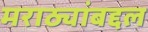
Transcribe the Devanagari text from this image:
मराठ्यांबद्दल